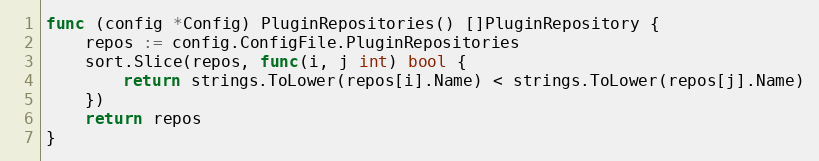
Language: Go
func (config *Config) PluginRepositories() []PluginRepository {
	repos := config.ConfigFile.PluginRepositories
	sort.Slice(repos, func(i, j int) bool {
		return strings.ToLower(repos[i].Name) < strings.ToLower(repos[j].Name)
	})
	return repos
}